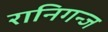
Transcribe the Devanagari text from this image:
रानिगन्ज